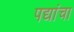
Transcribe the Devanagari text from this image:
पद्यांचा